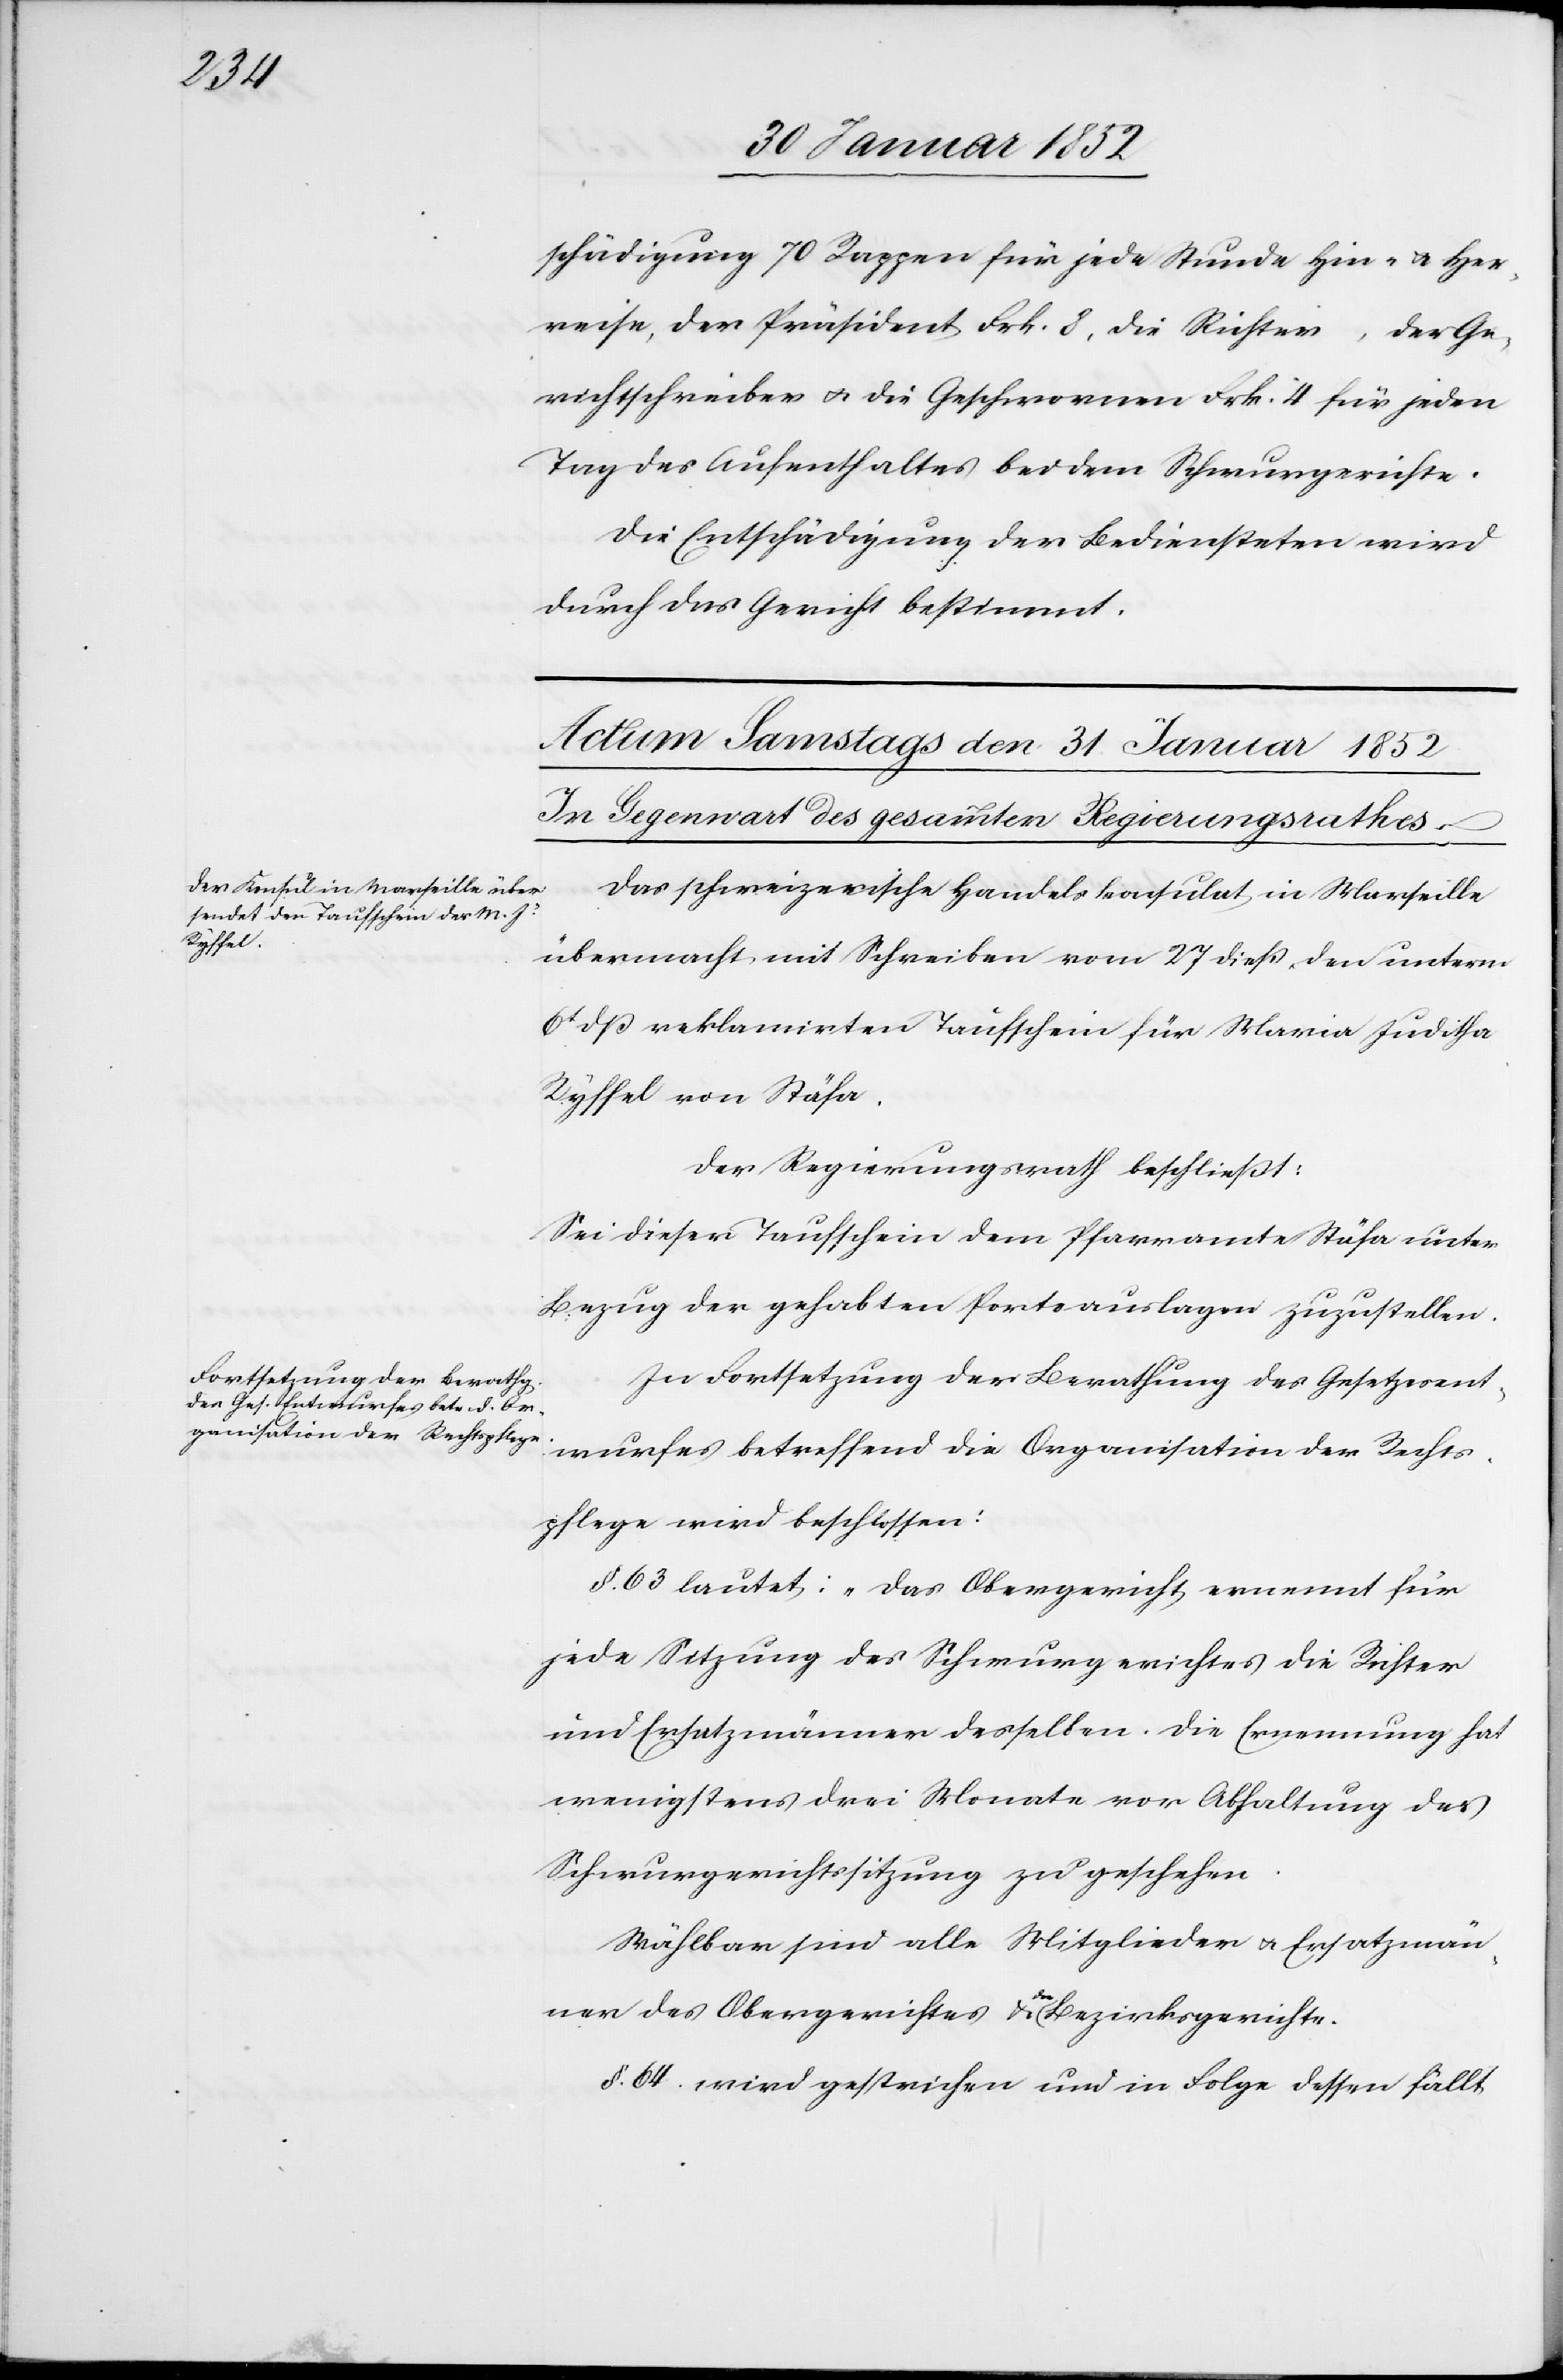
schädigung 70 Rappen für jede Stunde Hin- u. Her¬
reise, der Präsident Frk. 8, die Richter, der Ge¬
richtsschreiber u. die Geschworenen Frk. 4 für jeden
Tag des Aufenthaltes bei dem Schwurgerichte
Die Entschädigung der Bediensteten wird
durch das Gericht bestimmt.
Das schweizerische Handelsconsulat in Marseille
übermacht mit Schreiben vom 27 dieß den unterm
6t dieß reklamirten Taufschein für Maria Juditha
Ryffel von Stäfa.
Der Regierungsrath beschließt:
Sei dieser Taufschein dem Pfarramte Stäfa unter
Bezug der gehabten Portoauslagen zuzustellen.
In Fortsetzung der Berathung des Gesetzesent¬
wurfes betreffend die Organisation der Rechts¬
pflege wird beschlossen:
§. 63 lautet: „Das Obergericht ernennt für
jede Sitzung des Schwurgerichtes die Richter
und Ersatzmänner desselben. Die Ernennung hat
wenigstens drei Monate vor Abhaltung der
Schwurgerichtssitzung zu geschehen.
Wählbar sind alle Mitglieder u. Ersatzmän¬
ner des Obergerichtes u. der Bezirksgerichte.
§. 64. wird gestrichen und in Folge dessen fällt